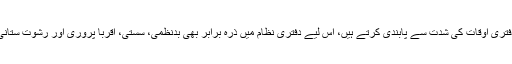
آپ چوں کہ خود دفتری اوقات کی شدت سے پابندی کرتے ہیں، اس لیے دفتری نظام میں ذرہ برابر بھی بدنظمی، سستی، اقربا پروری اور رشوت ستانی راہ نہیں پاسکتی۔